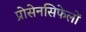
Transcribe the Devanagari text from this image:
प्रोसेनसिफेलों